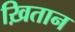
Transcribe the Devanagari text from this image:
ख़ितान